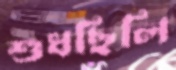
শুধছিলি